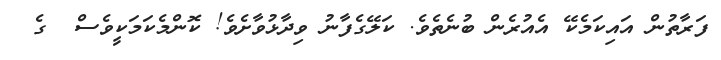
ފަރާތުން އައިކަމެކޭ އެއުރެން ބުނެތެވެ. ކަލޭގެފާނު ވިދާޅުވާށެވެ! ކޮންމެކަަމަކީވެސް  ގެ